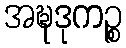
အဍ္ဎဒုကဉ္စ